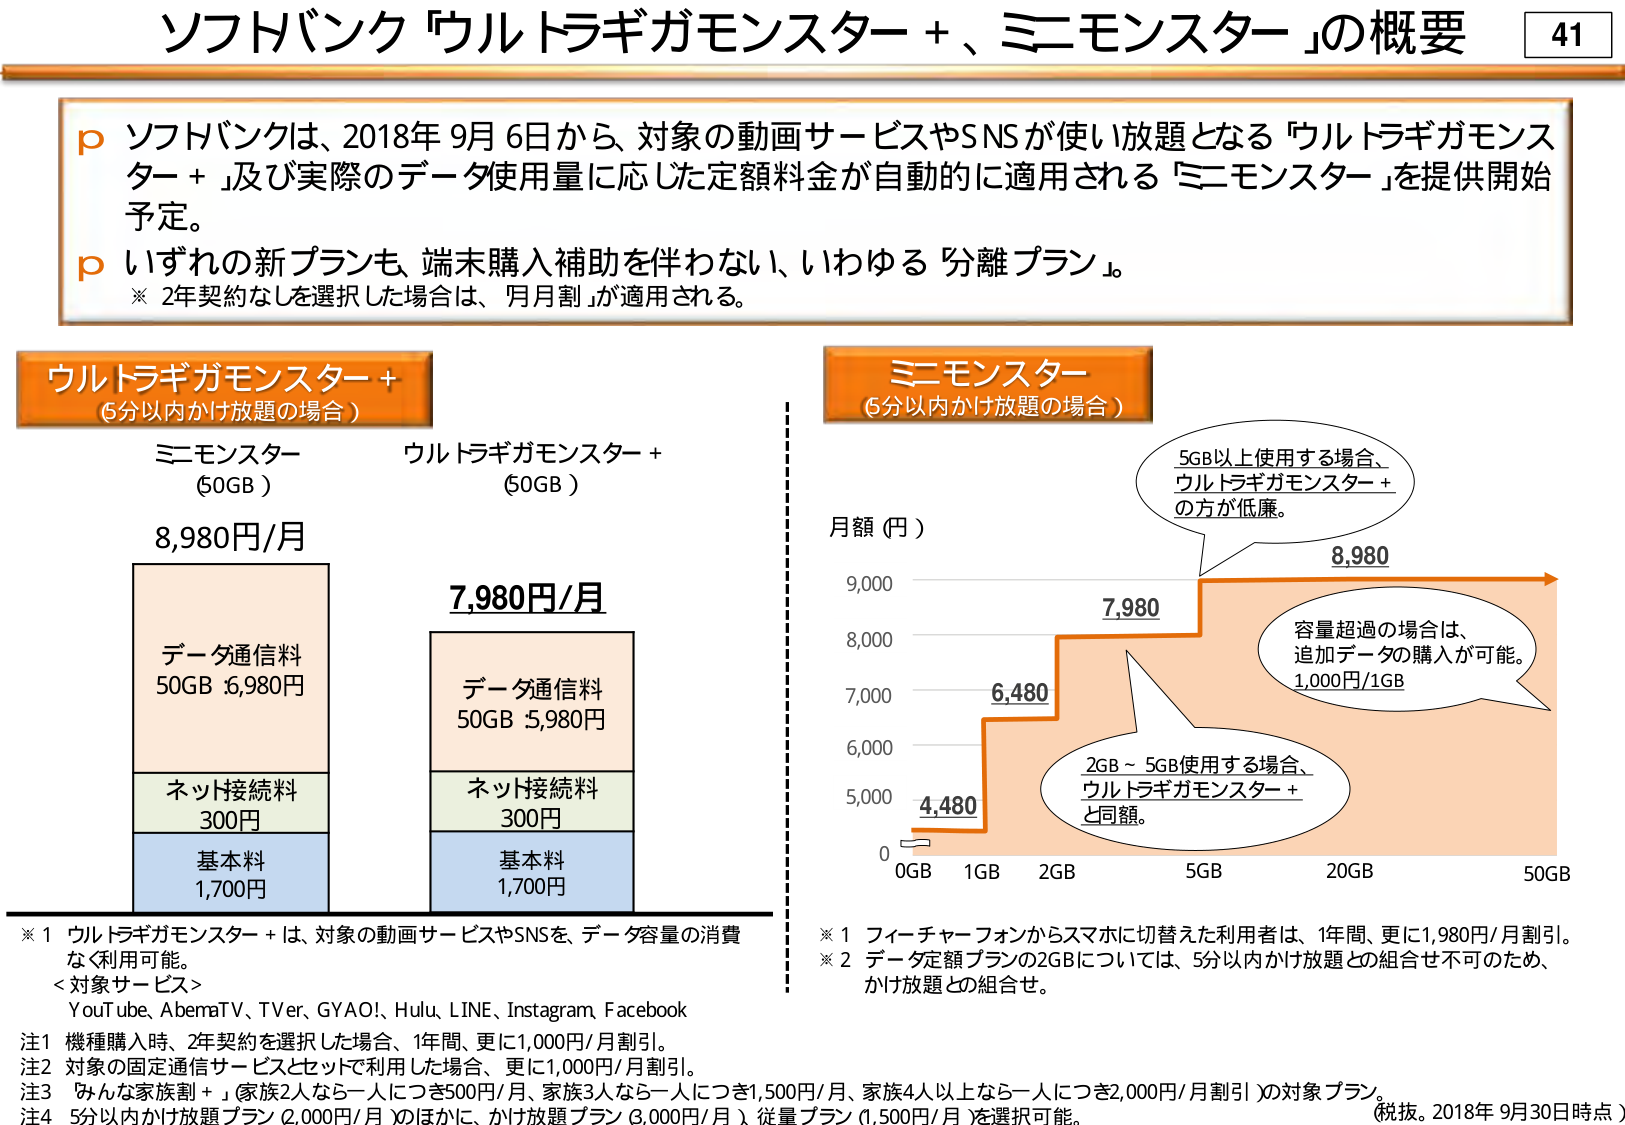
ソフバンク「ウルトラギガモンスター＋、ミニモンスター」の概要

p ソフトバンクは、2018年9月6日から、対象の動画サービスやSNSが使い放題となる「ウルトラギガモンスター＋」及び実際のデータ使用量に応じた定額料金が自動的に適用される「ミニモンスター」を提供開始予定。

p いずれの新プランも、端末購入補助を伴わない、いわゆる「分離プラン」。
※ 2年契約なしを選択した場合は、月月割が適用される。

ウルトラギガモンスター＋
（6分以内かけ放題の場合）

ミニモンスター
（50GB）
8,980円/月

データ通信料
50GB 6,980円

ネット接続料
300円

基本料
1,700円

ウルトラギガモンスター＋
（50GB）
7,980円/月

データ通信料
50GB 5,980円

ネット接続料
300円

基本料
1,700円

ミニモンスター
（6分以内かけ放題の場合）

月額（円）

0
1GB
2GB
5GB
20GB
50GB

4,480
6,480
7,980
8,980

5GB以上使用する場合、
ウルトラギガモンスター＋
の方が低廉。

容量超過の場合は、
追加データの購入が可能。
1,000円/1GB

2GB～5GB使用する場合、
ウルトラギガモンスター＋
と同額。

※1 ウルトラギガモンスター＋は、対象の動画サービスやSNSを、データ容量の消費なく利用可能。
<対象サービス>
YouTube、AbemaTV、TVer、GYAO!、Hulu、LINE、Instagram、Facebook

注1 機種購入時、2年契約を選択した場合、1年間、更に1,000円/月割引。
注2 対象の固定通信サービスとセットで利用した場合、更に1,000円/月割引。
注3 「みんな家族割＋」（家族2人なら一人につき500円/月、家族3人なら一人につき1,500円/月、家族4人以上なら一人につき2,000円/月割引）の対象プラン。
注4 5分以内かけ放題プラン（2,000円/月）のほかに、かけ放題プラン（3,000円/月）、従量プラン（1,500円/月）を選択可能。

※1 フィーチャーフォンからスマホに切替えた利用者は、1年間、更に1,980円/月割引。
※2 データ定額プランの2GBについては、5分以内かけ放題との組合せ不可のため、かけ放題との組合せ。

（税抜。2018年9月30日時点）

41